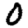
Digit: 0